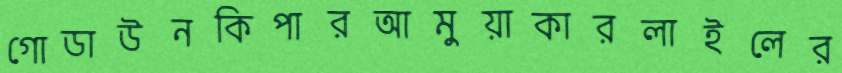
গোডাউনকিপারআমুয়াকারলাইলের